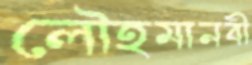
লৌহমানবী